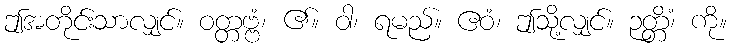
ဤအတိုင်းသာလျှင်။ ဝတ္တဗ္ဗံ၊ ၏။ ဝါ၊ ရမည်။ ဧဝံ၊ ဤသို့လျှင်။ ဉတ္တိံ၊ ကို။